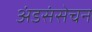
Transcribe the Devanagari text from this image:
अंडसंसेचन